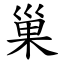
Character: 巢